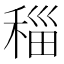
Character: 䅔